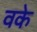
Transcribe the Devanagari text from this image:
वके